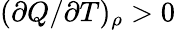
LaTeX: (\partial Q/\partial T)_{\rho}>0